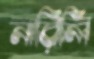
নারিলি